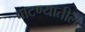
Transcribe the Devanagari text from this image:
वाटण्यातील